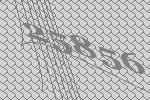
25856